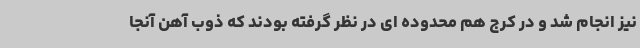
نیز انجام شد و در کرج هم محدوده ای در نظر گرفته بودند که ذوب آهن آنجا